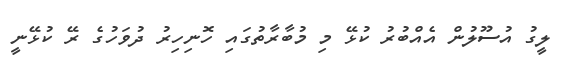
ލީގު އުސޫލުން އެއްބުރު ކުޅޭ މި މުބާރާތުގައި ހޮނިހިރު ދުވަހުގެ ރޭ ކުޅޭނީ